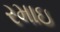
રમાઇ